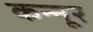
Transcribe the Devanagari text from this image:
कन्‍नूर